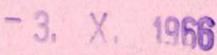
-3.X.1966